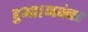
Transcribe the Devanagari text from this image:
हुआ।नवंबर